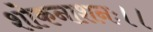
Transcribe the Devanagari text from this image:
शोकनाशनः।।